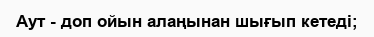
Аут - доп ойын алаңынан шығып кетеді;